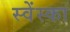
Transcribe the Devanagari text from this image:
स्वेंस्का